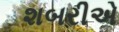
શબરીએ